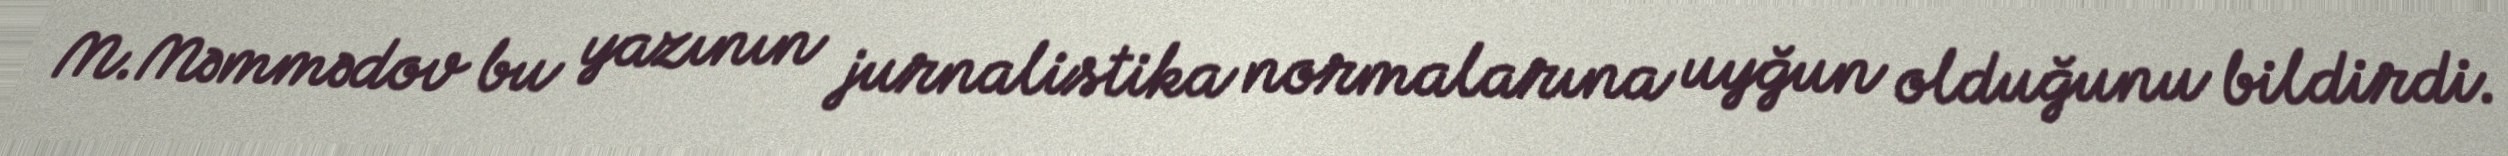
M.Məmmədov bu yazının jurnalistika normalarına uyğun olduğunu bildirdi.